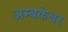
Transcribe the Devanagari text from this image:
अम्बकेश्वर